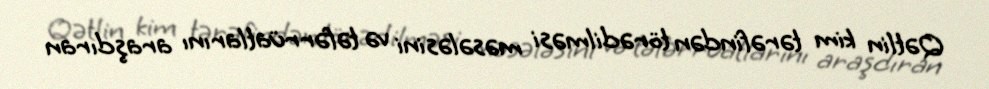
Qətlin kim tərəfindən törədilməsi məsələsini və təfərrüatlarını araşdıran